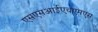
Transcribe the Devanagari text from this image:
एसएसआईएचएमएस